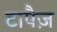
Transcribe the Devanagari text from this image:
टापैज़